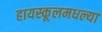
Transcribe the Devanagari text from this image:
हायस्कूलमधल्या